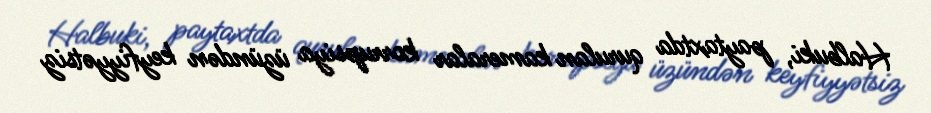
Halbuki, paytaxtda qurulan kameralar korrupsiya üzündən keyfiyyətsiz